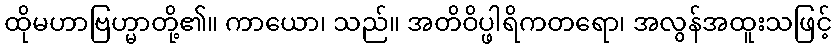
ထိုမဟာဗြဟ္မာတို့၏။ ကာယော၊ သည်။ အတိဝိပ္ဖါရိကတရော၊ အလွန်အထူးသဖြင့်